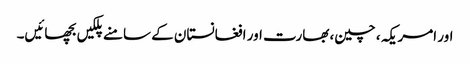
اور امریکہ ، چین، بھارت اور افغانستان کے سامنے پلکیں بچھائیں۔